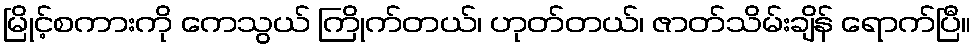
မြိုင့်စကားကို ကေသွယ် ကြိုက်တယ်၊ ဟုတ်တယ်၊ ဇာတ်သိမ်းချိန် ရောက်ပြီ။